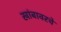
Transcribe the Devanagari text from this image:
खांबावरचे